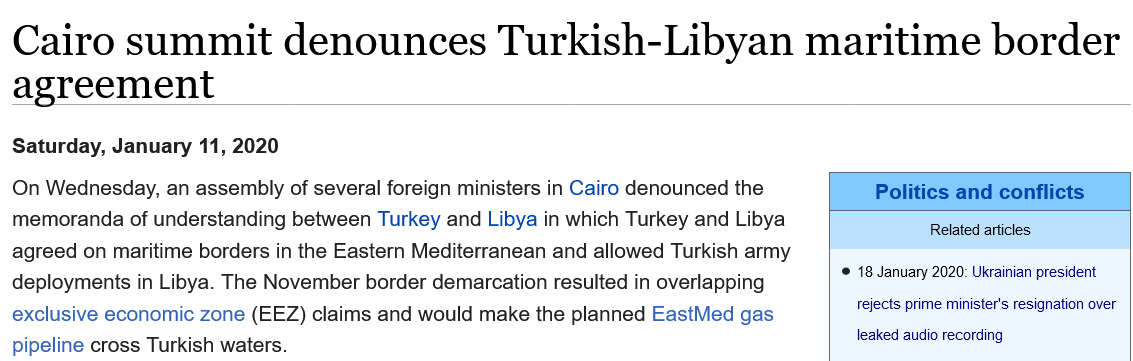
On Wednesday, an assembly of several foreign ministers in Cairo denounced the
  memoranda of understanding between Turkey and Libya in which Turkey and Libya
  agreed on maritime borders in the Eastern Mediterranean and allowed Turkish army
  deployments in Libya. The November border demarcation resulted in overlapping
  exclusive economic zone (EEZ) claims and would make the planned EastMed gas
  pipeline cross Turkish waters.
  Saturday, January 11, 2020
     Politics and conflicts
     Related articles
     © 18 January 2020: Ukrainian president
     rejects prime minister's resignation over
     leaked audio recording
  Cairo    summit    denounces    Turkish-Libyan    maritime    border
  agreement